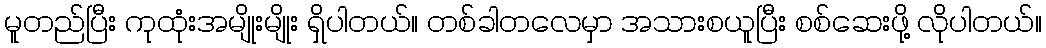
မူတည်ပြီး ကုထုံးအမျိုးမျိုး ရှိပါတယ်။ တစ်ခါတလေမှာ အသားစယူပြီး စစ်ဆေးဖို့ လိုပါတယ်။